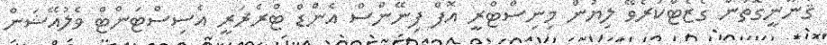
ޤާނޫނީގޮތުން ގެޒެޓްކުރެވޭ ލިޔުން މިނިސްޓްރީ އޮފް ފިނޭންސް އެންޑް ޓްރެޜަރީ އެސިސްޓަންޓް ވެލުއޭޝަން